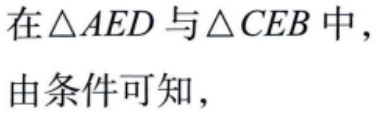
在\(\triangle AED\)与\(\triangle CEB\)中，
由条件可知，